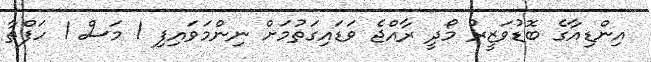
އިންޑިއާގެ ބޮޑުވަޒީރު މޯދީ ރާއްޖެ ވަޑައިގަތުމަށް ނިންމަވައިފި 1 މަސް 1 ހަފްތާ